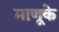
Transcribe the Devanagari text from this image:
माणूके